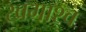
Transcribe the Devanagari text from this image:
खगाश्व